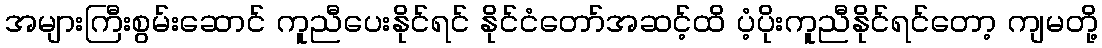
အများကြီးစွမ်းဆောင် ကူညီပေးနိုင်ရင် နိုင်ငံတော်အဆင့်ထိ ပံ့ပိုးကူညီနိုင်ရင်တော့ ကျမတို့